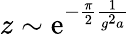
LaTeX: z\sim\mathrm{e}^{-\frac{{\pi}}{2}\frac{1}{{g^{2}a}}}